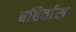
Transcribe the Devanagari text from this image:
बहिर्वास